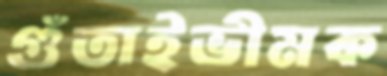
গুঁতাইভীমক